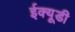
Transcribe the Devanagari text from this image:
ईक्यूडी